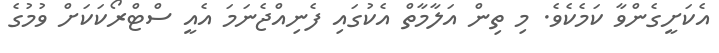
އެކަށީގެންވާ ކަމެކެވެ. މި ތިން އަލާމާތް އެކުގައި ފެނިއްޖެނަމަ އެއީ ސްޓްރޯކަކަށް ވުމުގެ